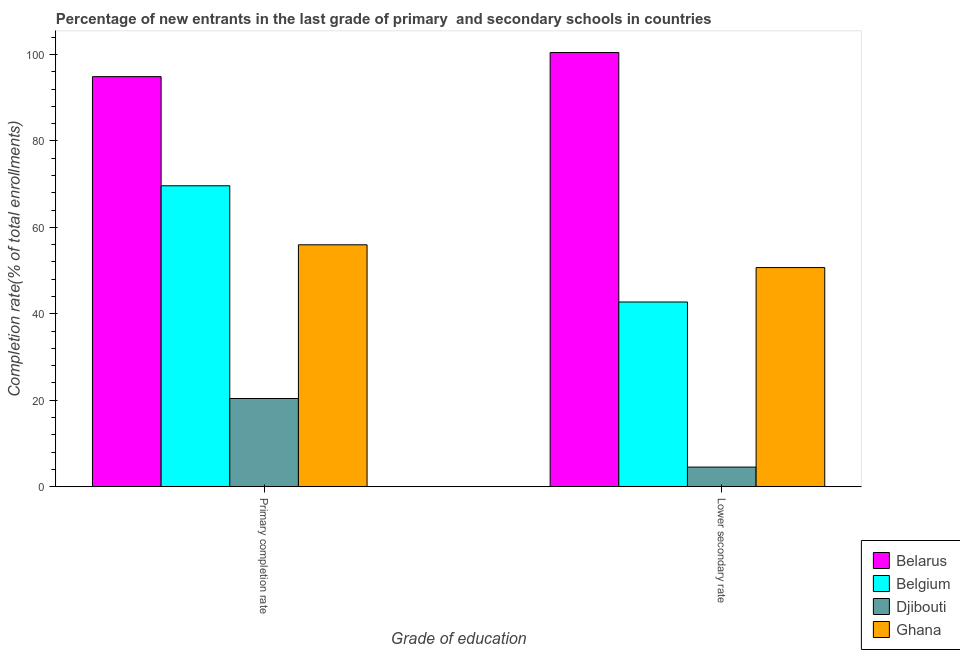
| Grade of education | Belarus | Belgium | Djibouti | Ghana |
 | --- | --- | --- | --- | --- |
 | Primary completion rate | 94.9 | 69.6 | 20.4 | 56 |
 | Lower secondary rate | 100 | 42.7 | 4.54 | 50.7 |